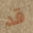
قد